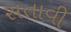
સતાવી